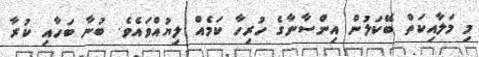
މި މަލާއިކަތް ބޭކަލުން އިންސާނާގެ ހުރިހާ ކަމެއް ލިޔުއްވައެވެ. ބުނާ ބަހާއި ކުރާ